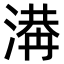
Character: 𣺙